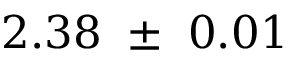
2 . 3 8 ~ \pm ~ 0 . 0 1